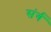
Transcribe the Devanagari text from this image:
संर्ग